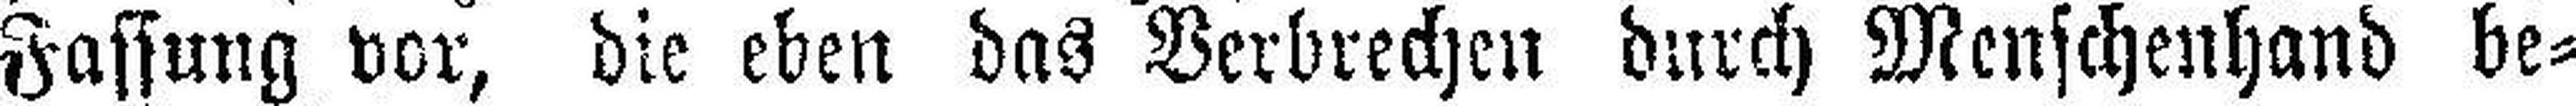
Fassung vor, die eben das Verbrechen durch Menschenhand be¬